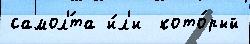
самол'́та и́л'и  кото́рый